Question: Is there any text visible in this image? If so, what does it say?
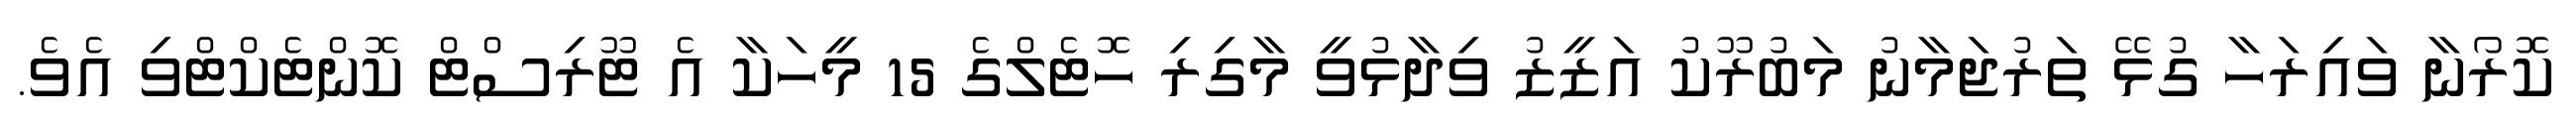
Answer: ކޮރޯނާ ވައިރަހާ ގުޅޭ ތަރުޖަމާނު މަބުރޫކު އަޒީޒު ވިދާޅުވީ މާގިރި ހޮޓެލްގެ 15 މީހަކާ އެ ޓޫރިސްޓް ކޮންޓެކްޓްވި އެވެ.